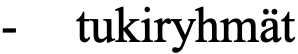
-  tukiryhmät